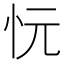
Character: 忨